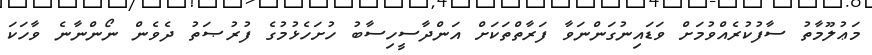
މަޢުލޫމާތު ސާފުކުރެއްވުމަށް ވަޑައިނުގަންނަވާ ފަރާތްތަކަށް އަންދާސީހިސާބު ހުށަހެޅުމުގެ ފުރުޞަތު ދެވެން ނޯންނާނެ ވާހަކަ